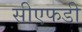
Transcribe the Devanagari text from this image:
सीएफडी